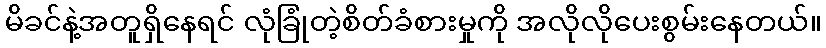
မိခင်နဲ့အတူရှိနေရင် လုံခြုံတဲ့စိတ်ခံစားမှုကို အလိုလိုပေးစွမ်းနေတယ်။